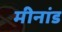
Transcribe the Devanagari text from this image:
मीनांड